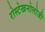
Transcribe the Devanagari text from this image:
रोस्टेखनोलोजी